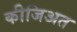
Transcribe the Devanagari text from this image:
कीजिअत